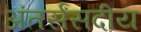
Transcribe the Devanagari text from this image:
अंतर्संसदीय